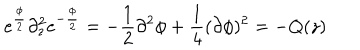
e ^ { \frac { \phi } { 2 } } \partial _ { z } ^ { 2 } e ^ { - \frac { \phi } { 2 } } = - \frac { 1 } { 2 } \partial ^ { 2 } \phi + \frac { 1 } { 4 } ( \partial \phi ) ^ { 2 } = - Q ( z )